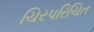
ચિરપરિચિત